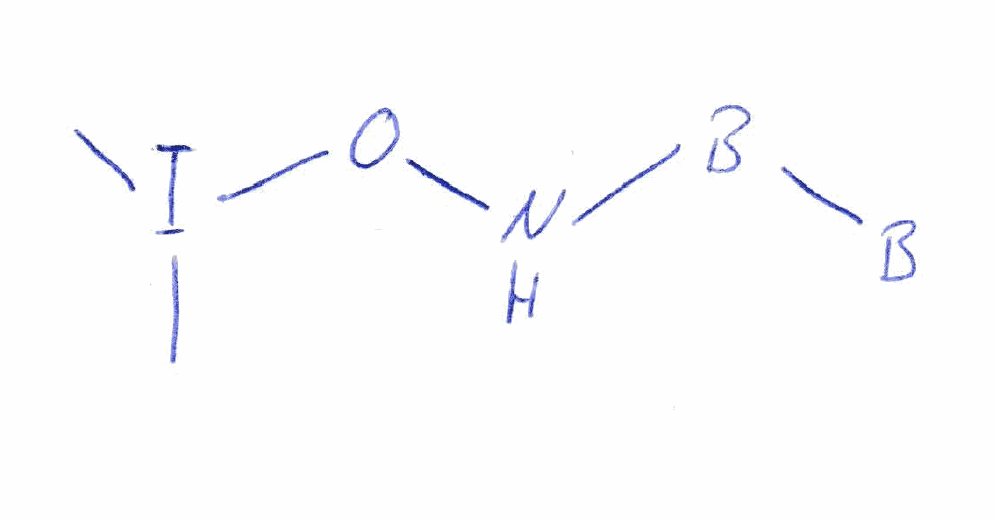
Simplified molecular-input line-entry system (SMILES) notation of the given molecule:
[B][B]NOI(C)C